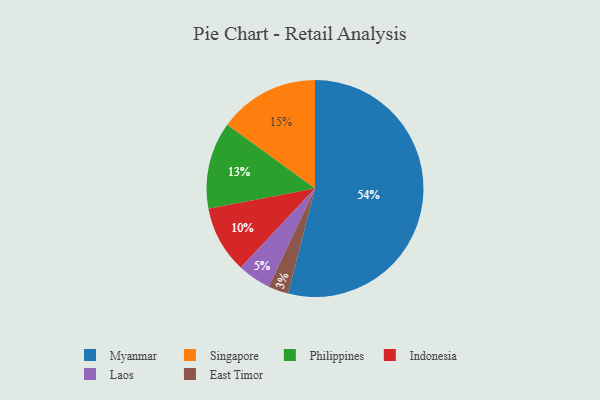
{"axis": {"x": "Category", "y": "Percentage"}, "legend": ["East Timor", "Indonesia", "Laos", "Myanmar", "Philippines", "Singapore"], "data": [{"x": "East Timor", "y": 3, "type": "East Timor"}, {"x": "Myanmar", "y": 54, "type": "Myanmar"}, {"x": "Indonesia", "y": 10, "type": "Indonesia"}, {"x": "Philippines", "y": 13, "type": "Philippines"}, {"x": "Laos", "y": 5, "type": "Laos"}, {"x": "Singapore", "y": 15, "type": "Singapore"}]}